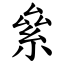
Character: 絫